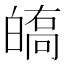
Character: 𤾘